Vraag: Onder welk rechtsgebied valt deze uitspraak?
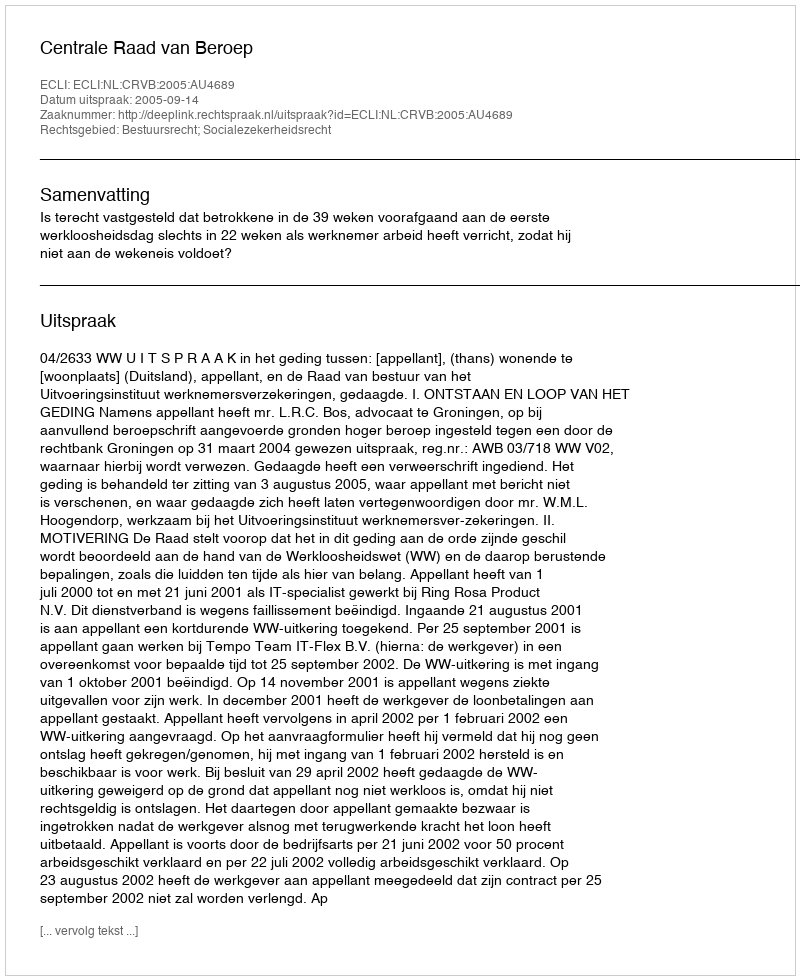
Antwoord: Bestuursrecht; Socialezekerheidsrecht